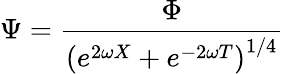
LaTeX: \Psi=\frac{\Phi}{\left(e^{2\omega X}+e^{-2\omega T}\right)^{1/4}}